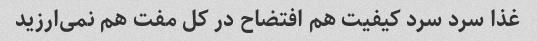
غذا سرد سرد کیفیت هم افتضاح در کل مفت هم نمی‌ارزید